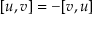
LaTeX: [ u , v ] = - [ v , u ]